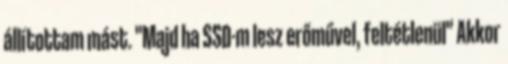
állítottam mást. "Majd ha SSD-m lesz erőművel, feltétlenül" Akkor